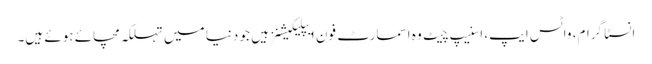
انسٹا گرام، واٹس ایپ، اسنیپ چیٹ وہ اسمارٹ فون ایپلیکیشنز ہیں جو دنیا میں تہلکہ مچائے ہوئے ہیں۔